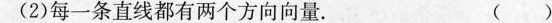
(2)每一条直线都有两个方向向量。 ( )